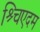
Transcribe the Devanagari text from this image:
श्र्चिएदम